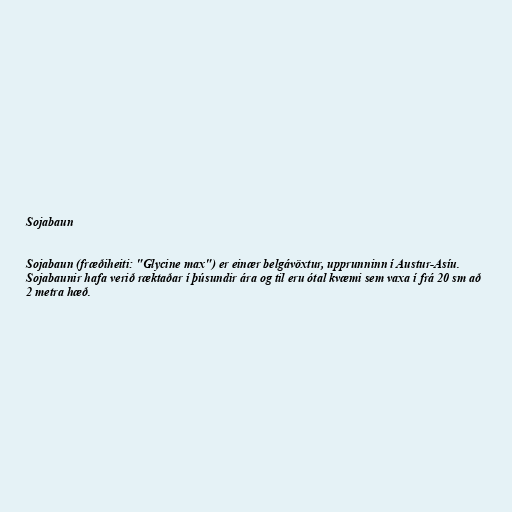
Sojabaun

Sojabaun (fræðiheiti: "Glycine max") er einær belgávöxtur, upprunninn í Austur-Asíu.
Sojabaunir hafa verið ræktaðar í þúsundir ára og til eru ótal kvæmi sem vaxa í frá 20 sm að
2 metra hæð.